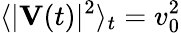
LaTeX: \langle|\mathbf{V}(t)|^{2}\rangle_{t}=v_{0}^{2}